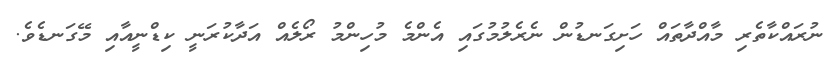
ނުރައްކާތެރި މާއްދާތައް ހަށިގަނޑުން ނެރެލުމުގައި އެންމެ މުހިންމު ރޯލެއް އަދާކުރަނީ ކިޑްނީއާއި މޭގަނޑެވެ.